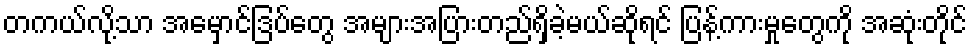
တကယ်လို့သာ အမှောင်ဒြပ်တွေ အများအပြားတည်ရှိခဲ့မယ်ဆိုရင် ပြန့်ကားမှုတွေကို အဆုံးတိုင်